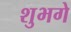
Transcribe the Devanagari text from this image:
शुभगे